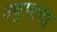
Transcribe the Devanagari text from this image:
उबुण्टचा